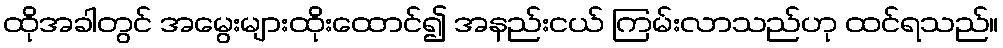
ထိုအခါတွင် အမွေးများထိုးထောင်၍ အနည်းငယ် ကြမ်းလာသည်ဟု ထင်ရသည်။